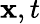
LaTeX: \mathbf{x},t